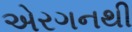
એરગનથી